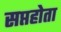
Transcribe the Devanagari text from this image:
सप्तहोता